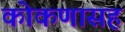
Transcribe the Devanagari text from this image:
कोकणासह